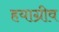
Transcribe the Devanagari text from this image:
हयाग्रीव